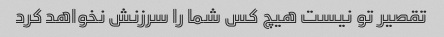
تقصیر تو نیست هیچ کس شما را سرزنش نخواهد کرد